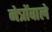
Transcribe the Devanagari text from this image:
नेत्रोंवाले